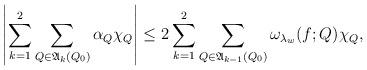
LaTeX: \begin{align*}\left|\sum_{k=1}^2\sum_{Q\in\mathfrak{A}_k(Q_0)}\alpha_Q\chi_Q\right|\leq2\sum_{k=1}^2\sum_{Q\in\mathfrak{A}_{k-1}(Q_0)}\omega_{\lambda_w}(f;Q)\chi_Q,\end{align*}